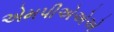
એમપીએએએ